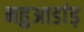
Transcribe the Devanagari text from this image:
महुआडांड़